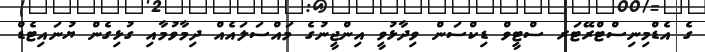
ގެ އެޑްމިނިސްޓްރޭޓަރ ސްޓީވް ޑިކްސަން ވިދާޅުވީ އިންޖީނުގެ މައްސަލައެެއް ދިމާވުމާއި ގުޅިގެން ޔުނައިޓެޑް